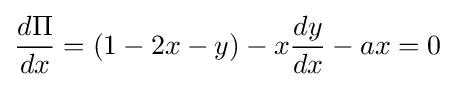
{\frac {d\Pi }{dx}}=(1-2x-y)-x{\frac {dy}{dx}}-ax=0